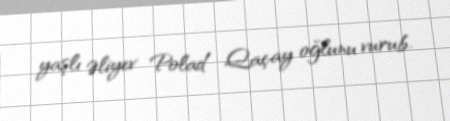
yaşlı Əliyev Polad Qaçay oğlunu vurub.